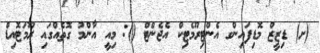
(ށ) ޑިޒީޒް މޮޑިފައިންގ އެންޓިރޫމެޓިކް އެޖެންޓް (): މިއީ އާންމު ގޮތެއްގައި ރޫމަޓޮއިޑް